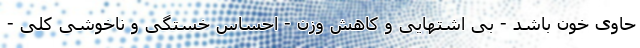
حاوی خون باشد - بی اشتهایی و کاهش وزن - احساس خستگی و ناخوشی کلی -